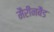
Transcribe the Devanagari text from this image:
मैरीनबैड